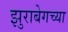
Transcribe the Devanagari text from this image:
झुराबेगच्या